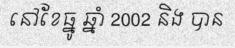
នៅខែធ្នូ ឆ្នាំ 2002 និង បាន